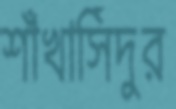
শাঁখাসিঁদুর